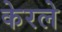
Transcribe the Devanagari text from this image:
केरले